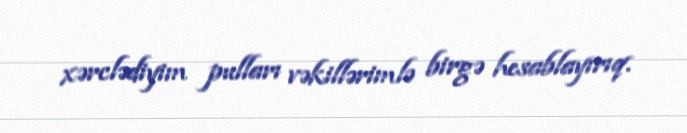
xərclədiyim pulları vəkillərimlə birgə hesablayırıq.